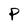
Character: P